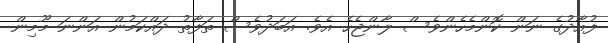
ފުއާދުގެ ނަން ކޮންމެހެންވެސް ލާންޖެހެ އެވެ. އަބަދުވެސް ތަފާތު ދައްކަމުން އަންނަ މޫމިން